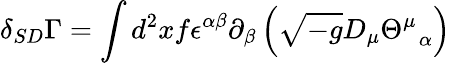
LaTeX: \delta_{SD}\Gamma=\int d^{2}xf\epsilon^{\alpha\beta}\partial_{\beta}\left(\sqrt{-g}D_{\mu}\Theta_{\; \; \alpha}^{\mu}\right)